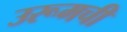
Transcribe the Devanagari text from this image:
उरूमची